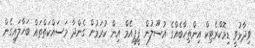
ވިދާޅުވީ ޑިމޮކްރެޓިކް އިންތިހާބެއްގެ އުސޫލުން ޕީޕީއެމް އިން ކުރަމުން ގެންދާ މަސައްކަތްތައް ބަހާލައިގެން